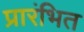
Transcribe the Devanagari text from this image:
प्रारंभित